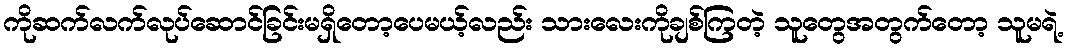
ကိုဆက်လက်လုပ်ဆောင်ခြင်းမရှိတော့ပေမယ့်လည်း သားလေးကိုချစ်ကြတဲ့ သူတွေအတွက်တော့ သူမရဲ့